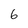
Character: 6